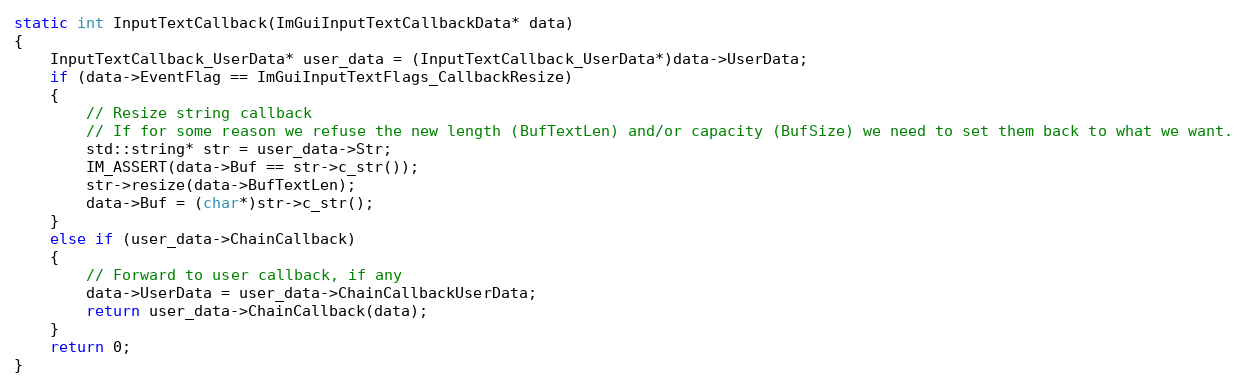
Language: C++
static int InputTextCallback(ImGuiInputTextCallbackData* data)
{
    InputTextCallback_UserData* user_data = (InputTextCallback_UserData*)data->UserData;
    if (data->EventFlag == ImGuiInputTextFlags_CallbackResize)
    {
        // Resize string callback
        // If for some reason we refuse the new length (BufTextLen) and/or capacity (BufSize) we need to set them back to what we want.
        std::string* str = user_data->Str;
        IM_ASSERT(data->Buf == str->c_str());
        str->resize(data->BufTextLen);
        data->Buf = (char*)str->c_str();
    }
    else if (user_data->ChainCallback)
    {
        // Forward to user callback, if any
        data->UserData = user_data->ChainCallbackUserData;
        return user_data->ChainCallback(data);
    }
    return 0;
}